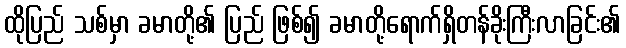
ထိုပြည် သစ်မှာ ခမာတို့၏ ပြည် ဖြစ်၍ ခမာတို့ရောက်ရှိတန်ခိုးကြီးလာခြင်း၏